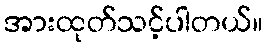
အားထုတ်သင့်ပါတယ်။